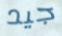
جيد